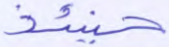
حينئذ